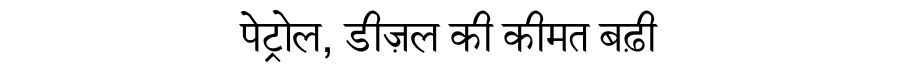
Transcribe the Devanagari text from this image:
पेट्रोल, डीज़ल की कीमत बढ़ी